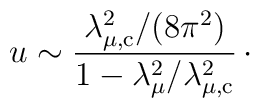
u\sim {\lambda_{\mu ,\rm c}^{2}/ (8\pi^{2}) \over 1- \lambda_{\mu}^{2}/\lambda_{\mu ,\rm c}^{2}}\, \cdotp